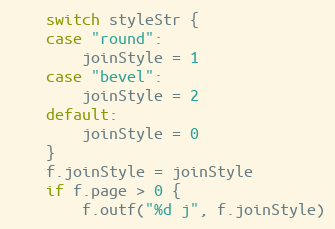
Language: Go
	switch styleStr {
	case "round":
		joinStyle = 1
	case "bevel":
		joinStyle = 2
	default:
		joinStyle = 0
	}
	f.joinStyle = joinStyle
	if f.page > 0 {
		f.outf("%d j", f.joinStyle)